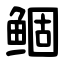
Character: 鲴